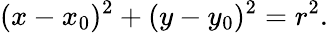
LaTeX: (x-x_{0})^{2}+(y-y_{0})^{2}=r^{2}.